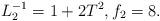
LaTeX: \begin{align*} L_2^{-1} = 1+2T^2, f_2=8.\end{align*}